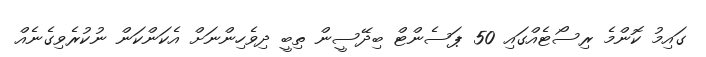
ގައިމު ކޮންމެ ރިސޯޓެއްގައި 50 ޕަސެންޓް ބިދޭސީން ތިބީ ދިވެހިންނަށް އެކަންކަން ނުކުރެވިގެނެއް